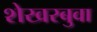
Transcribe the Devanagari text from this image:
शेखरबुवा